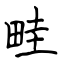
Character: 畦